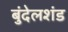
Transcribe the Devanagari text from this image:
बुंदेलशंड